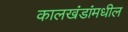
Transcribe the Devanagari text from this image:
कालखंडांमधील